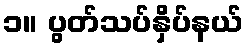
၁။ ပွတ်သပ်နှိပ်နယ်